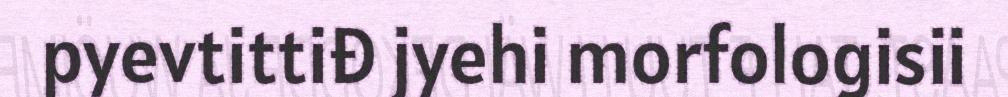
pyevtittiđ jyehi morfologisii